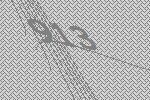
913